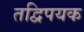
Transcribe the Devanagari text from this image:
तद्विपयक